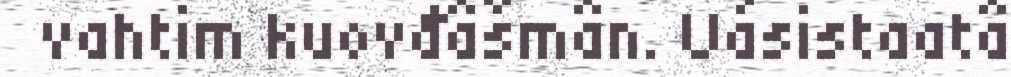
vahtim kuovđâšmân. Uásistaatâ